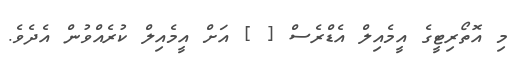
މި އޮތޯރިޓީގެ އީމެއިލް އެޑްރެސް [ ] އަށް އީމެއިލް ކުރެއްވުން އެދެވެ.